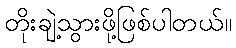
တိုးချဲ့သွားဖို့ဖြစ်ပါတယ်။